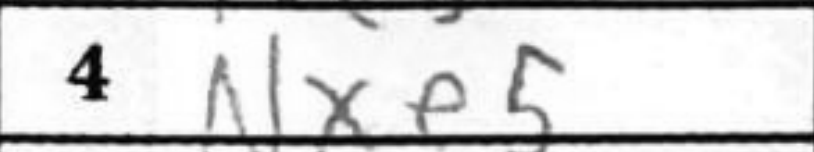
Transcription: Nxe5